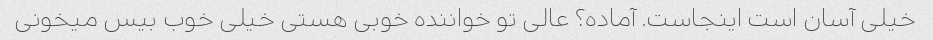
خیلی آسان است اینجاست. آماده؟ عالی تو خواننده خوبی هستی خیلی خوب بیس میخونی